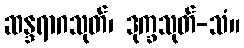
ဆန္ဒရာဂသုတ်၊ ဒုက္ခသုတ်-သံ။